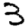
Digit: 3